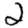
Digit: 2